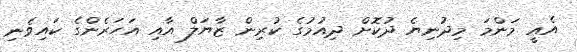
އެއީ މަންމަ މިދުނިޔެ ދުކޮށް ދިއުމުގެ ކުރިން ޒާޔަލް އާއި އަހަރެންގެ ކައިވެނި